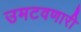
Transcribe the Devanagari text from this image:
उमटवणारी